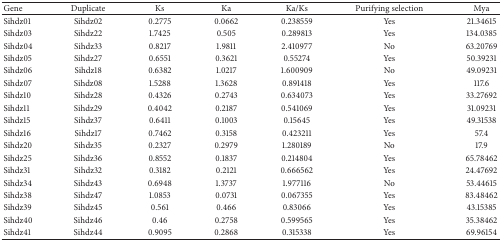
| Gene | Duplicate | Ks | Ka | Ka/Ks | Purifying selection | Mya |
 | --- | --- | --- | --- | --- | --- | --- |
 | Sihdz01 | Sihdz02 | 0.2775 | 0.0662 | 0.238559 | Yes | 21.34615 |
 | Sihdz03 | Sihdz22 | 1.7425 | 0.505 | 0.289813 | Yes | 134.0385 |
 | Sihdz04 | Sihdz33 | 0.8217 | 1.9811 | 2.410977 | No | 63.20769 |
 | Sihdz05 | Sihdz27 | 0.6551 | 0.3621 | 0.55274 | Yes | 50.39231 |
 | Sihdz06 | Sihdz18 | 0.6382 | 1.0217 | 1.600909 | No | 49.09231 |
 | Sihdz07 | Sihdz08 | 1.5288 | 1.3628 | 0.891418 | Yes | 117.6 |
 | Sihdz10 | Sihdz28 | 0.4326 | 0.2743 | 0.634073 | Yes | 33.27692 |
 | Sihdz11 | Sihdz29 | 0.4042 | 0.2187 | 0.541069 | Yes | 31.09231 |
 | Sihdz15 | Sihdz37 | 0.6411 | 0.1003 | 0.15645 | Yes | 49.31538 |
 | Sihdz16 | Sihdz17 | 0.7462 | 0.3158 | 0.423211 | Yes | 57.4 |
 | Sihdz20 | Sihdz35 | 0.2327 | 0.2979 | 1.280189 | No | 17.9 |
 | Sihdz25 | Sihdz36 | 0.8552 | 0.1837 | 0.214804 | Yes | 65.78462 |
 | Sihdz31 | Sihdz32 | 0.3182 | 0.2121 | 0.666562 | Yes | 24.47692 |
 | Sihdz34 | Sihdz43 | 0.6948 | 1.3737 | 1.977116 | No | 53.44615 |
 | Sihdz38 | Sihdz47 | 1.0853 | 0.0731 | 0.067355 | Yes | 83.48462 |
 | Sihdz39 | Sihdz45 | 0.561 | 0.466 | 0.83066 | Yes | 43.15385 |
 | Sihdz40 | Sihdz46 | 0.46 | 0.2758 | 0.599565 | Yes | 35.38462 |
 | Sihdz41 | Sihdz44 | 0.9095 | 0.2868 | 0.315338 | Yes | 69.96154 |